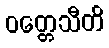
ဝတ္တေသီတိ